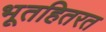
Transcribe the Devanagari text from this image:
भूतहितरत